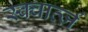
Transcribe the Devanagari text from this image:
स्क्वार्त्ज़